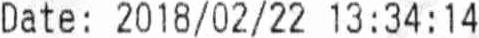
DATE : 2018/02/22 13 : 34 : 14